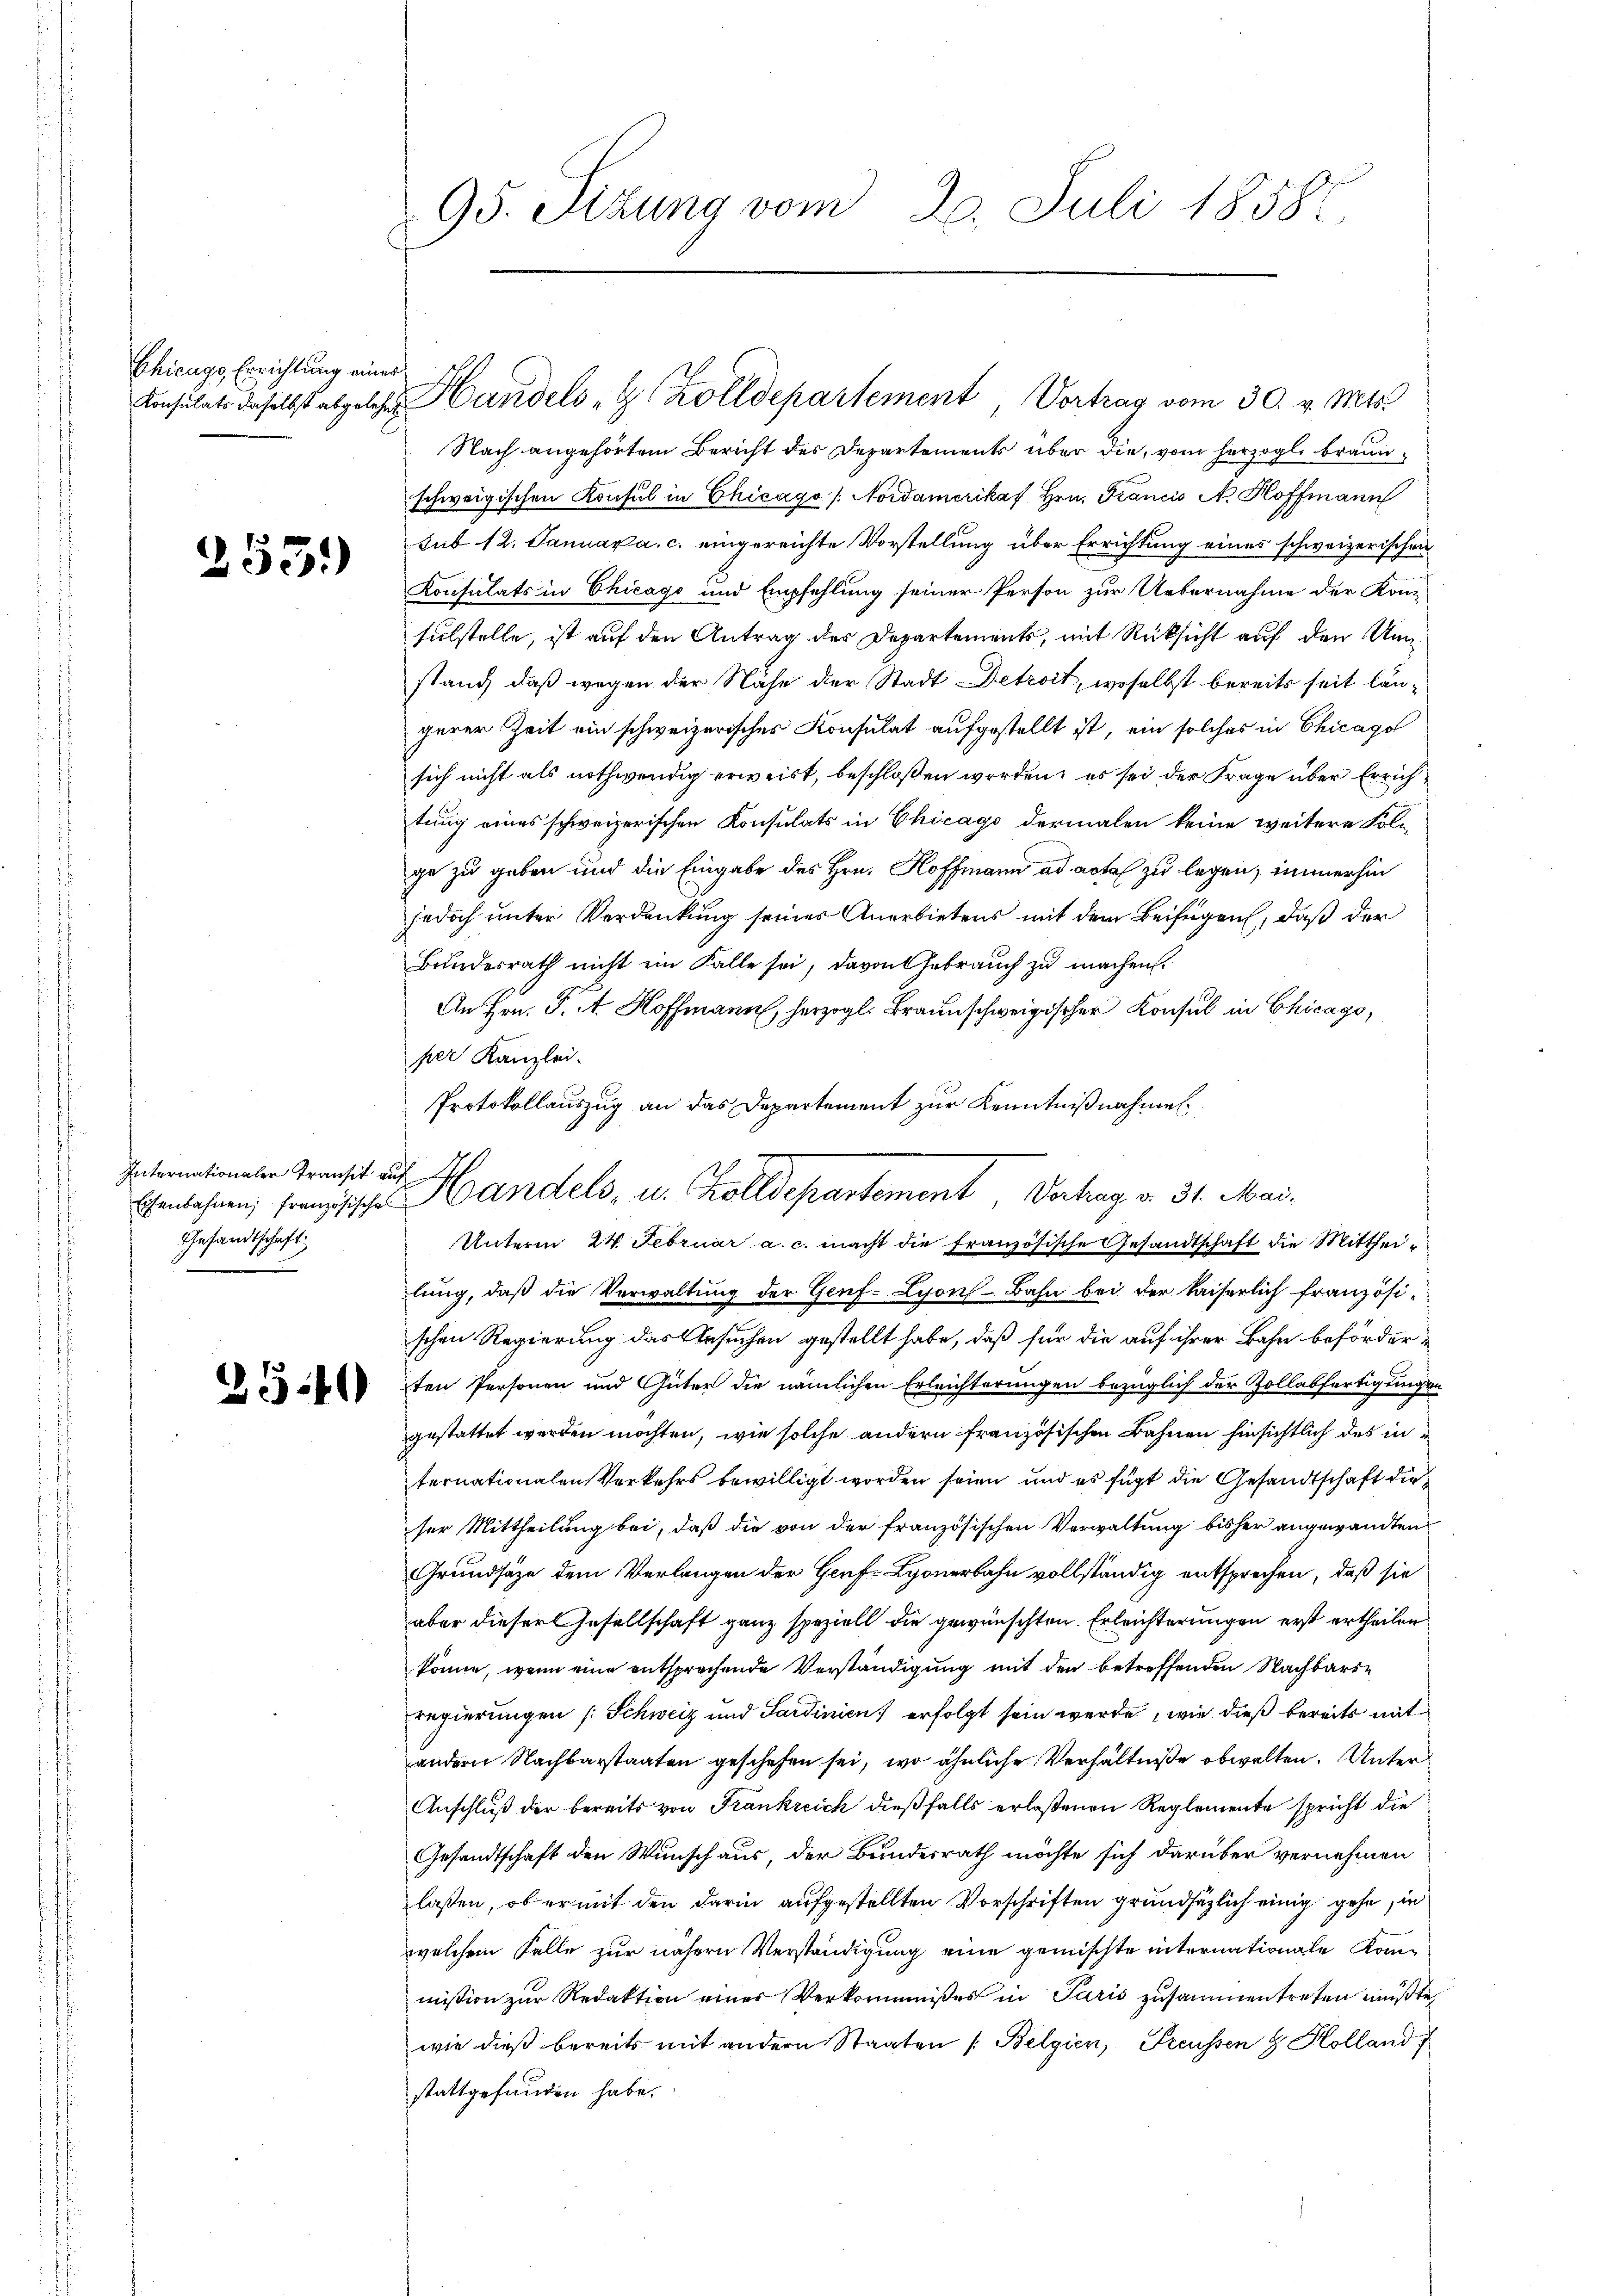
Chicago Errichtung eines

253.)

Internationaler Transit auf
Gesandtschaft

95. Sizung vom 20. Juli 1858.

Konsulats daselbst abgelehen Handels G. Zolldepartement, Vortrag vom 30. v. Mts.

Nach angehörtem Bericht des Departements über die, vom herzogl. braunschweigischen Konsul in Chicago / Nordamerikaf Hrn. Francis A. Hoffmann
sub 12. Januar a. c. eingereichte Vorstellung über Errichtung eines schweizerischen
Konsulats in Chicago und Empfehlung seiner Person zur Uebernahme der Konsulstelle, ist auf den Antrag des Departements, mit Rücksicht auf den Unstand daß wegen der Nähe der Stadt Detroit, woselbst bereits seit längerer Zeit ein schweizerisches Konsulat aufgestellt ist, ein solches in Chicago
sich nicht als nothwendig erweist, beschloßen worden, es sei der Frage über Errichtung eines schweizerischen Konsulats in Chicago dermalen keine weitere Folge zu geben und die Eingabe des Hrn. Hoffmann ad acta zu legen, immerhin
jedoch unter Verdankung seiner Anerbietens mit dem Beifügen, daß der
Bundesrath nicht ein Falle sei, davon Gebrauch zu machen.
An Hrn. F. A. Hoffmann, herzogl. Braunschweigischer Konsul in Chicago,
per Kanzlei.
Protokollauszug an das Departement zur Kenntnißnahme.

Ehenlehnen, französische Handels, u. Zolldepartement, Vortrag v. 31. Mai.

Unterm 24. Februar a. c. macht die Französische Gesandtschaft die Mittheilung, daß die Verwaltung der Genf- Lyon-Bahn bei der kaiserlich französischen Regierung das Ursuchen gestellt habe, daß für die auf ihrer Bahn beförder¬
5ten Personen und Güter die nämlichen Erleichterungen bezüglich der Zollabfertigungen
gestattet werden möchten, wie solche andern französischen Bahnen hinsichtlich des in
ternationalen Verkehrs bewilligt worden seien, und es fügt die Gesandtschaft die
ser Mittheilung bei, daß die von der französischen Verwaltung bisher angewandten
Grundsätze dem Verlangen der Genf Lyonerbahn vollständig entsprechen, daß sie
aber dieser Gesellschaft ganz speziell die gewünschten Erleichterungen erst ertheilen
könne, wenn eine entsprochende Verständigung mit den betreffenden Nachbars
regierungen (Schweiz und Sardinien erfolgt sein werde, wie dieß bereits mit
andern Nachbarstaaten geschehen sei, wo ähnliche Verhältniße obwalten. Unter
Anschluß der bereits von Frankreich dießfalls erlaßenen Reglemente spricht die
Gesandtschaft den Wunschaus, der Bundesrath möchte sich darüber vernehmen
lassen, ob er mit den darin aufgestellten Vorschriften grundsätzlich einig gehe, in
welchem Falle zur nähern Verständigung eine gemischte internationale Kanmißion zur Redaktion einer Verkommnißes in Paris zusammentreten müßte,
wie dieß bereits mit andern Staaten (Belgien, Freussen & Kolland
stattgefunden habe.